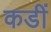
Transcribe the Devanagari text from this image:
कडीं